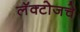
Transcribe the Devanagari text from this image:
लॅक्टोजचे